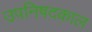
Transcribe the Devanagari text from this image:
उपनिषदकाल